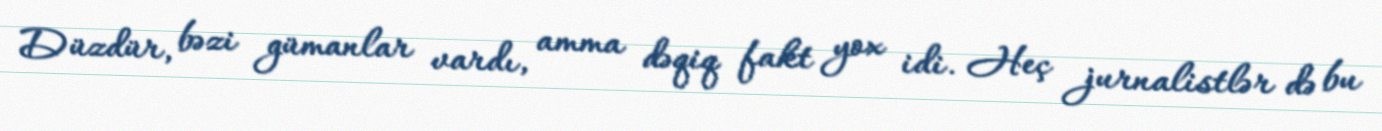
Düzdür, bəzi gümanlar vardı, amma dəqiq fakt yox idi. Heç jurnalistlər də bu